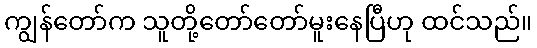
ကျွန်တော်က သူတို့တော်တော်မူးနေပြီဟု ထင်သည်။